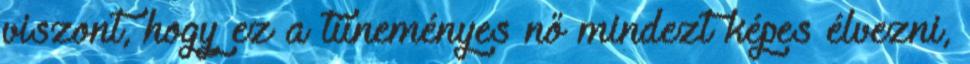
viszont, hogy ez a tüneményes nő mindezt képes élvezni,